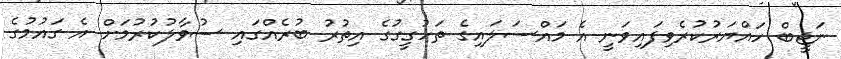
ނަޖީބް ހައްޔަރުކުރެވިފައިވަނީ އެ މައްސަލައިގެ ތަހުގީގުގެ އިތުރު ބުރެއްގައި ސުވާލުކުރުމަށް އެ ގައުމުގެ